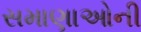
સમાણાઓની